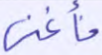
فأغنى